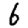
Digit: 6